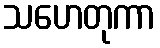
သဟေတုကာ